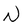
Character: N